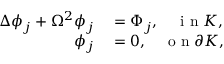
\begin{array} { r l } { \Delta \phi _ { j } + \Omega ^ { 2 } \phi _ { j } } & { { } = \Phi _ { j } , \quad \mathrm { ~ i ~ n ~ } K , } \\ { \phi _ { j } } & { { } = 0 , \quad \mathrm { ~ o ~ n ~ } \partial K , } \end{array}